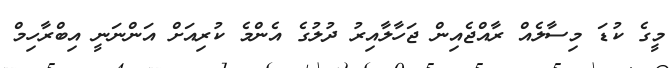
މީގެ ކުޑަ މިސާލެއް ރާއްޖެއިން ޖަހާލާއިރު ދުލުގެ އެންމެ ކުރިއަށް އަންނަނީ އިބްރާހިމް